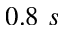
0 . 8 ~ s